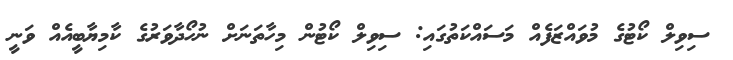
ސިވިލް ކޯޓުގެ މުވައްޒަފެއް މަސައްކަތުގައި: ސިވިލް ކޯޓުން މިހާތަނަށް ނުހޯދާވަރުގެ ކާމިޔާބީއެއް ވަނީ